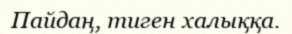
Пайдаң, тиген халыққа.